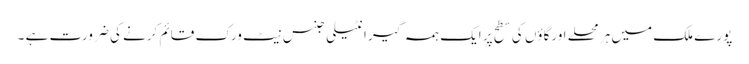
پورے ملک میں ہر محلے اورگاؤں کی سطح پر ایک ہمہ گیر انٹیلی جنس نیٹ ورک قائم کرنے کی ضرورت ہے ۔